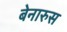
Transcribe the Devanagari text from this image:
बेनारुस